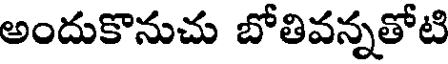
అందుకొనుచు బోతివన్నతోటి